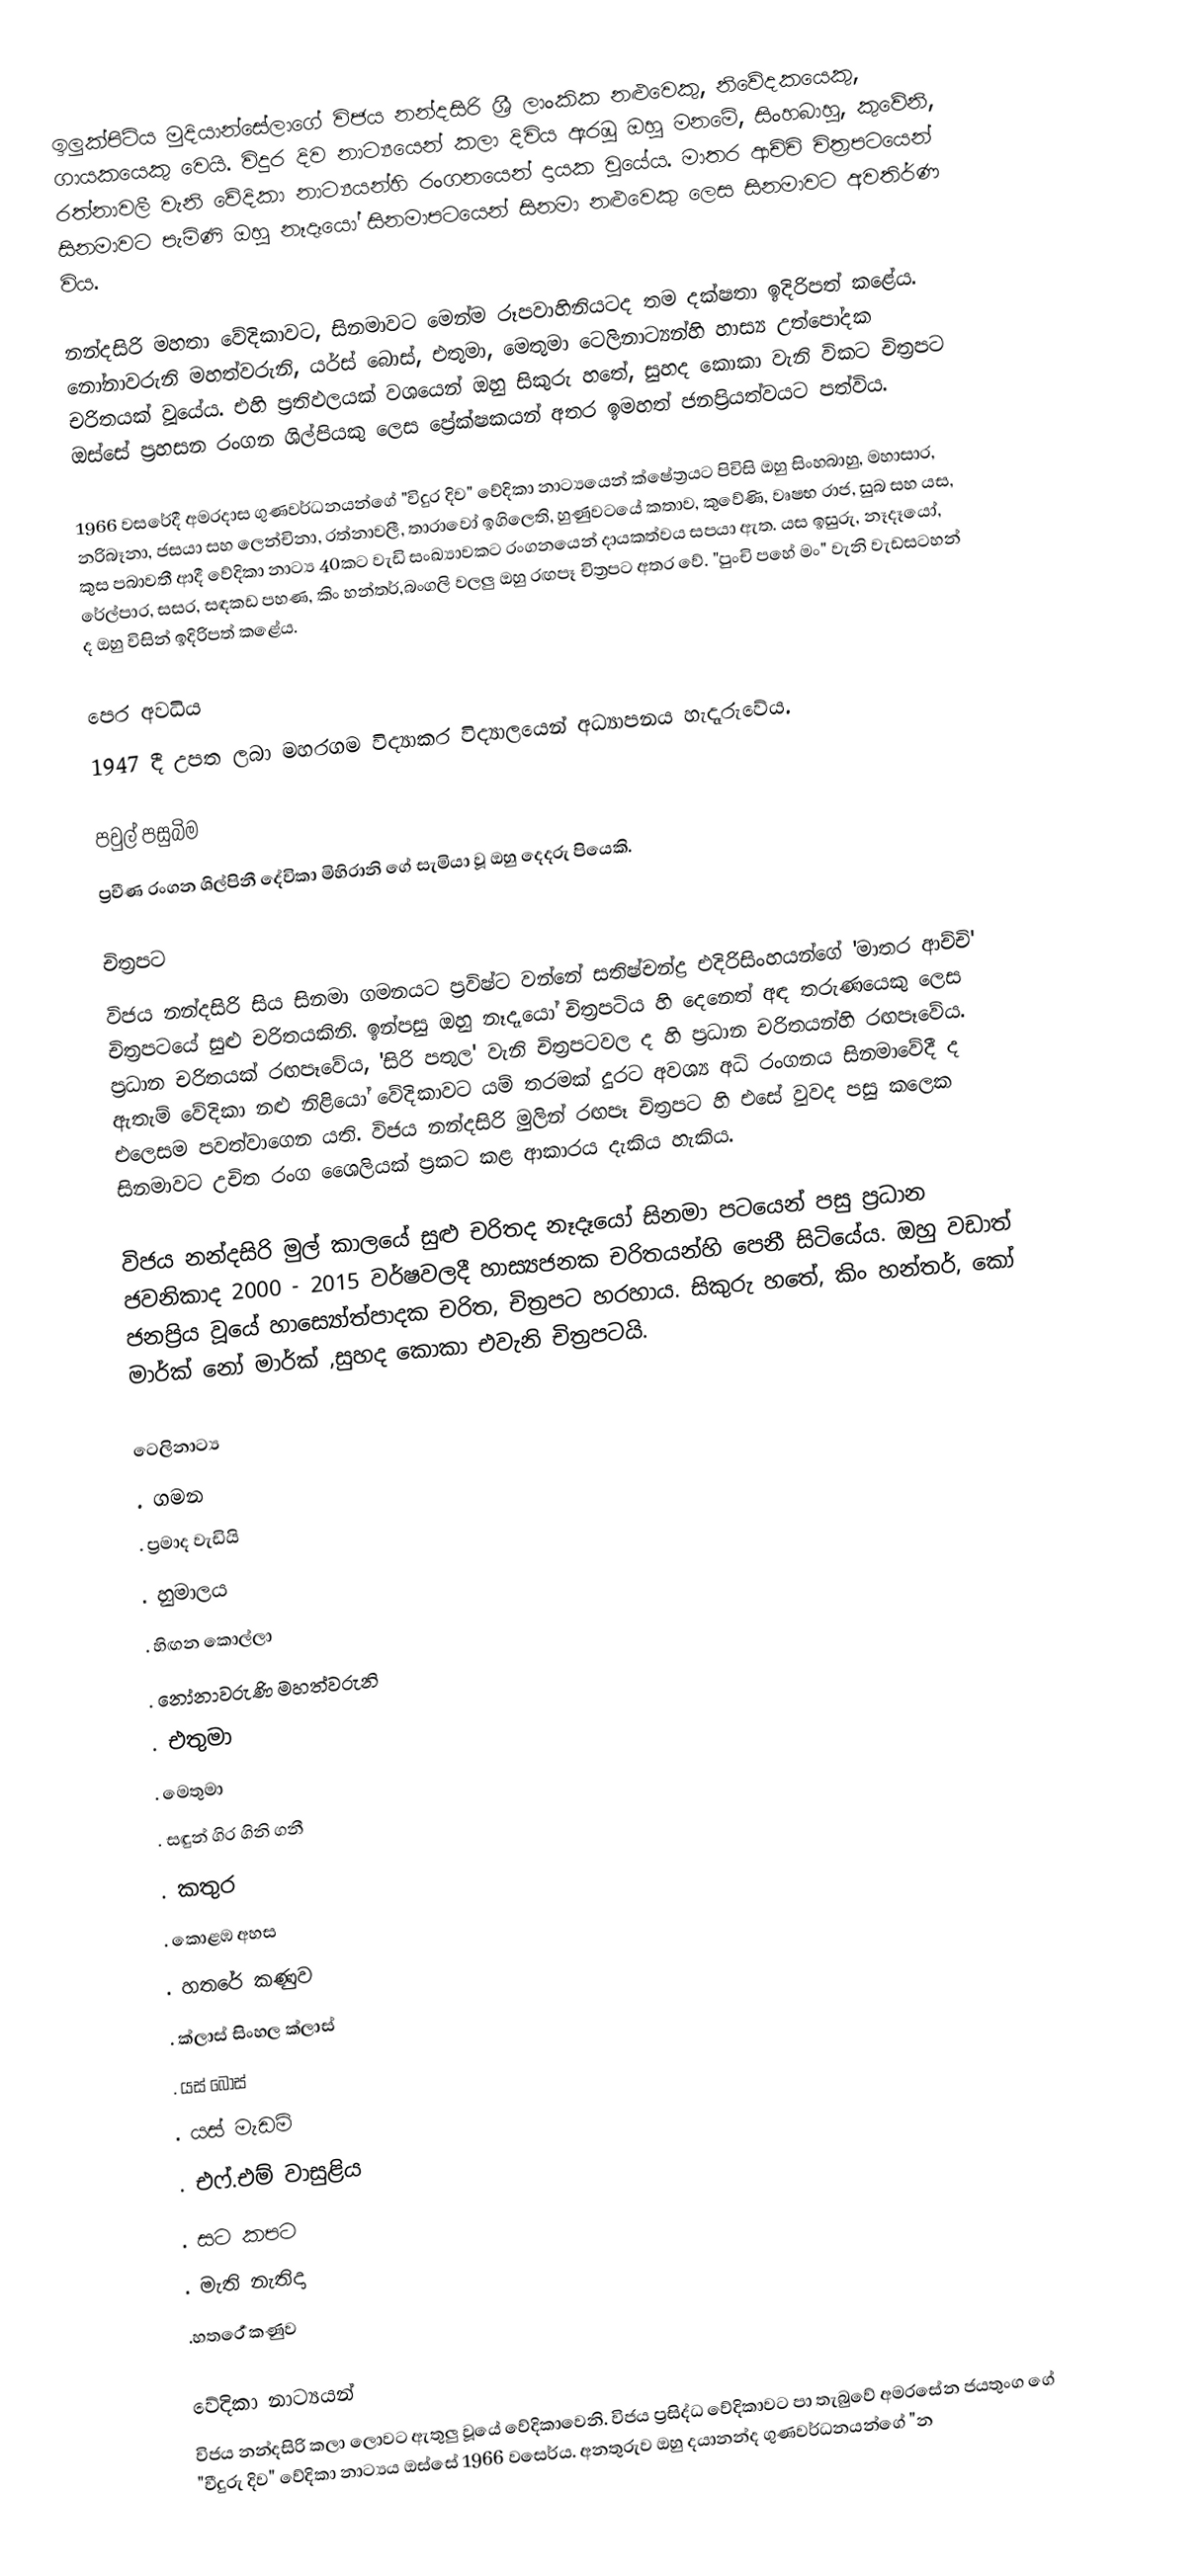
ඉලුක්පිටිය මුදියාන්සේලාගේ විජය නන්දසිරි ශ්‍රී ලාංකික  නළුවෙකු, නිවේදකයෙකු, ගායකයෙකු වෙයි. විදුර දිව නාට්‍යයෙන් කලා දිවිය ඇරඹූ ඔහු මනමේ, සිංහබාහු, කුවේනි, රත්නාවලී වැනි වේදිකා නාට්‍යයන්හි රංගනයෙන් දායක වූයේය. මාතර ආච්චි චිත්‍රපටයෙන් සිනමාවට පැමිණි ඔහු  නෑදෑයෝ සිනමාපටයෙන් සිනමා නළුවෙකු ලෙස සිනමාවට අවතිර්ණ විය.

නන්දසිරි මහතා වේදිකාවට, සිනමාවට මෙන්ම රූපවාහිනියටද තම දක්ෂතා ඉදිරිපත් කළේය.  නෝනාවරුනි මහත්වරුනි, යර්ස් බොස්, එතුමා, මෙතුමා ටෙලිනාට්‍යන්හි හාස්‍ය උත්පෝදක චරිතයක් වූයේය. එහි ප්‍රතිඵලයක් වශයෙන් ඔහු සිකුරු හතේ, සුහද කොකා වැනි විකට  චිත්‍රපට ඔස්සේ ප්‍රහසන රංගන ශිල්පියකු ලෙස ප්‍රේක්ෂකයන් අතර ඉමහත් ජනප්‍රියත්වයට පත්විය.

1966 වසරේදී අමරදාස ගුණවර්ධනයන්ගේ "විදුර දිව" වේදිකා නාට්‍යයෙන් ක්ෂේත්‍රයට පිවිසි ඔහු සිංහබාහු, මහාසාර, නරිබෑනා, ජසයා සහ ලෙන්චිනා, රත්නාවලී, තාරාවෝ ඉගිලෙති, හුණුවටයේ කතාව, කුවේණි, වෘෂභ රාජ, සුබ සහ යස, කුස පබාවතී ආදී වේදිකා නාට්‍ය 40කට වැඩි සංඛ්‍යාවකට රංගනයෙන් දායකත්වය සපයා ඇත. යස ඉසුරු, නෑදෑයෝ, රේල්පාර, සසර, සඳකඩ පහණ, කිං හන්තර්,බංගලි වලලු ඔහු රඟපෑ චිත්‍රපට අතර වේ. "පුංචි පහේ මං" වැනි වැඩසටහන් ද ඔහු විසින් ඉදිරිපත් කළේය.

පෙර අවධිය
1947 දී උපත ලබා මහරගම විද්‍යාකර විද්‍යාලයෙන් අධ්‍යාපනය හැදෑරුවේය.

පවුල් පසුබිම
ප්‍රවීණ රංගන ශිල්පිනී දේවිකා මිහිරානි ගේ සැමියා වූ ඔහු දෙදරු පියෙකි.

චිත්‍රපට
විජය නන්දසිරි සිය සිනමා ගමනයට ප්‍රවිෂ්ට වන්නේ සතිෂ්චන්ද්‍ර එදිරිසිංහයන්ගේ 'මාතර ආච්චි' චිත්‍රපටයේ සුළු චරිතයකිනි. ඉන්පසු ඔහු නෑදෑයෝ චිත්‍රපටිය හි දෙනෙත් අඳ තරුණයෙකු ලෙස ප්‍රධාන චරිතයක් රඟපෑවේය, 'සිරි පතුල' වැනි චිත්‍රපටවල ද හි ප්‍රධාන චරිතයන්හි රඟපෑවේය. ඇතැම් වේදිකා නළු නිළියෝ වේදිකාවට යම් තරමක් දුරට අවශ්‍ය අධි රංගනය සිනමාවේදී ද එලෙසම පවත්වාගෙන යති. විජය නන්දසිරි මුලින් රඟපෑ චිත්‍රපට හි එසේ වුවද පසු කලෙක සිනමාවට උචිත රංග ශෛලියක් ප්‍රකට කළ ආකාරය දැකිය හැකිය.

විජය නන්දසිරි මුල් කාලයේ සුළු චරිතද නෑදෑයෝ සිනමා පටයෙන් පසු ප්‍රධාන ජවනිකාද 2000 - 2015 වර්ෂවලදී හාස්‍යජනක චරිතයන්හි පෙනී සිටියේය. ඔහු වඩාත් ජනප්‍රිය වූයේ හාස්‍යෝත්පාදක චරිත, චිත්‍රපට හරහාය. සිකුරු හතේ, කිං හන්තර්, කෝ මාර්ක් නෝ මාර්ක් ,සුහද කොකා එවැනි චිත්‍රපටයි.

ටෙලිනාට්‍ය
. ගමන
. ප්‍රමාද වැඩියි
. හුමාලය
. හිඟන කොල්ලා
. නෝනාවරුණි මහත්වරුනි
. එතුමා
. මෙතුමා
. සඳුන් ගිර ගිනි ගනී
. කතුර
. කොළඹ අහස
. හතරේ කණුව
. ක්ලාස් සිංහල ක්ලාස්
. යස් බොස්
. යස් මැඩම්
. එෆ්.එම් වාසුළිය
. සට කපට
. මැති නැතිදා
.හතර්‍රෙ කණුව

වේදිකා නාට්‍යයන්
විජය නන්දසිරි කලා ලොවට ඇතුලු වූයේ වේදිකාවෙනි. විජය ප්‍රසිද්ධ වේදිකාවට පා තැබුවේ අමරසේන ජයතුංග ගේ "වීදුරු දිව" වේදිකා නාට්‍යය ඔස්සේ 1966 වසෙර්ය. අනතුරුව ඔහු දයානන්ද ගුණවර්ධනයන්ගේ "න